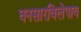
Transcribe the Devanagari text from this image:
घनसारविलेपाय